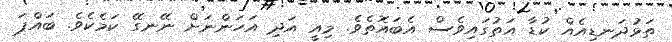
ތަޅުދަނޑިއެއް ކުޑާ އަތުގައިވެސް އެބައޮތެވެ. މިއީ އަދި އަހަންނަށް ނޭނގޭ ކަމެކެވެ. ބައްޕަ